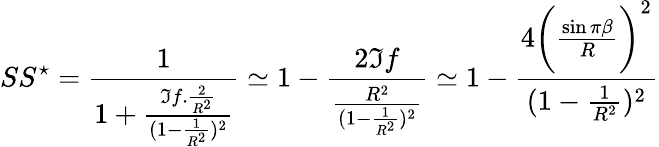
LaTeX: SS^{\star}=\frac{1}{1+\frac{\Im f.{\frac{2}{R^{2}}}}{(1-\frac{1}{R^{2}})^{2}}}\simeq 1-\frac{2\Im f}{\frac{R^{2}}{(1-\frac{1}{R^{2}})^{2}}}\simeq 1-\frac{4\bigg(\frac{\sin\pi\beta}{R}\bigg)^{2}}{(1-\frac{1}{R^{2}})^{2}}